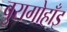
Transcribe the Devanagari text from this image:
बुरागोहाँइ